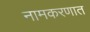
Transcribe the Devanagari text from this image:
नामकरणात